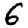
Digit: 6